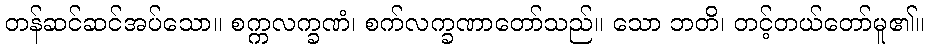
တန်ဆင်ဆင်အပ်သော။ စက္ကလက္ခဏံ၊ စက်လက္ခဏာတော်သည်။ သော ဘတိ၊ တင့်တယ်တော်မူ၏။